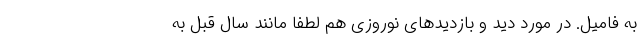
به فامیل. در مورد دید و بازدیدهای نوروزی هم لطفا مانند سال قبل به